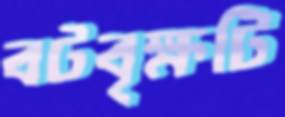
বটবৃক্ষটি